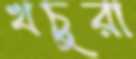
খচুরা